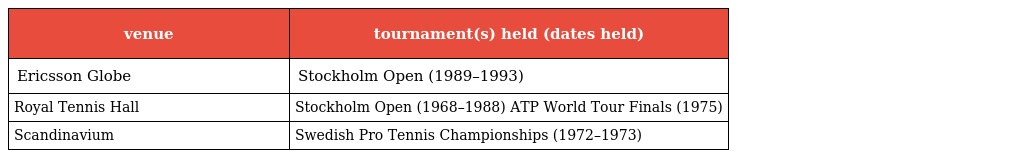
| venue | tournament(s) held (dates held) |
 | --- | --- |
 | Ericsson Globe | Stockholm Open (1989–1993) |
 | Royal Tennis Hall | Stockholm Open (1968–1988) ATP World Tour Finals (1975) |
 | Scandinavium | Swedish Pro Tennis Championships (1972–1973) |